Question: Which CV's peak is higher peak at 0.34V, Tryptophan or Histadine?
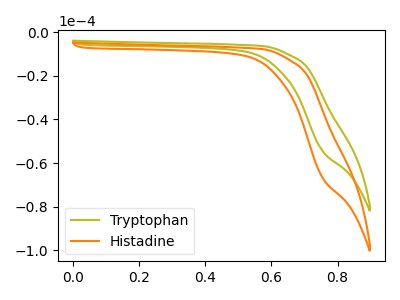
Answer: <think>The olive curve "Tryptophan" has no peaks. The orange curve "Histadine" has no peaks.</think>
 <answer>"Tryptophan" and "Histadine" dont share a peak at 0.34V.</answer>
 <eval>mismatch</eval>